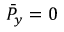
\bar { P } _ { y } = 0